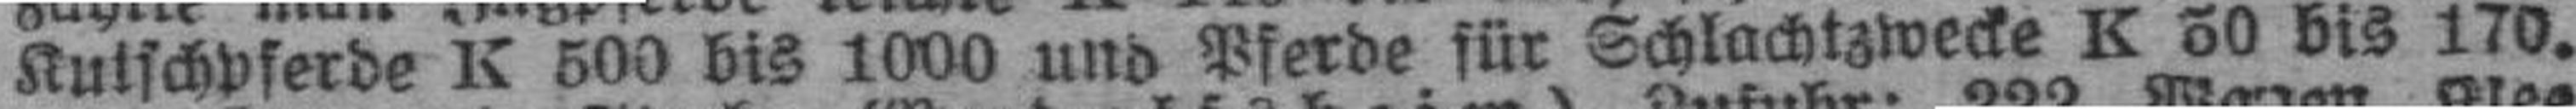
Kutschpferde K 500 bis 1000 und Pferde für Schlachtzwecke K 50bis 170.